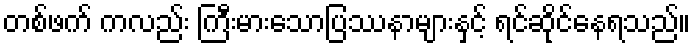
တစ်ဖက် ကလည်း ကြီးမားသောပြဿနာများနှင့် ရင်ဆိုင်နေရသည်။